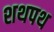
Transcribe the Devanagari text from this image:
शथपथ